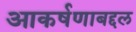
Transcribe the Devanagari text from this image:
आकर्षणाबद्दल